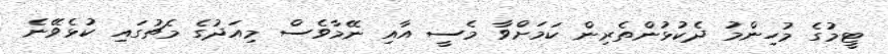
ޓީމުގެ މުހިންމު ދެކުޅުންތެރިން ކަަމަށްވާ މެސީ އާއި ނޭމާވެސް މިއަދުގެ މެޗުގައި ކުޅެވޭނެ